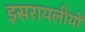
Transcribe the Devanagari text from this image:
इसरायलीयों